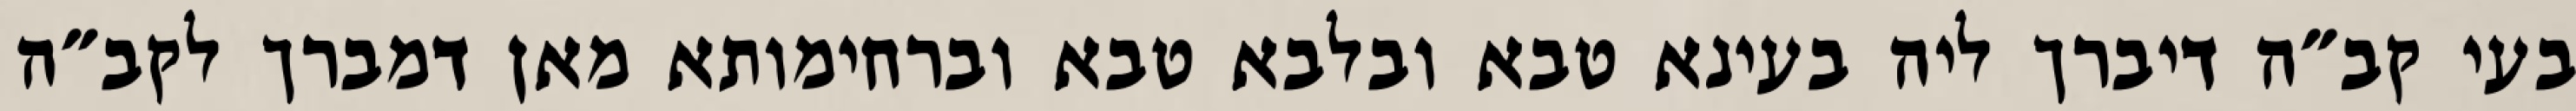
בעי קב״ה דיברך ליה בעינא טבא ובלבא טבא וברחימותא מאן דמברך לקב״ה